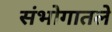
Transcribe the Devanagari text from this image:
संभोगातले